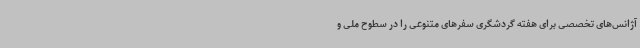
آژانس‌های تخصصی برای هفته گردشگری سفرهای متنوعی را در سطوح ملی و